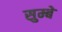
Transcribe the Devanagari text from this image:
सुम्बे